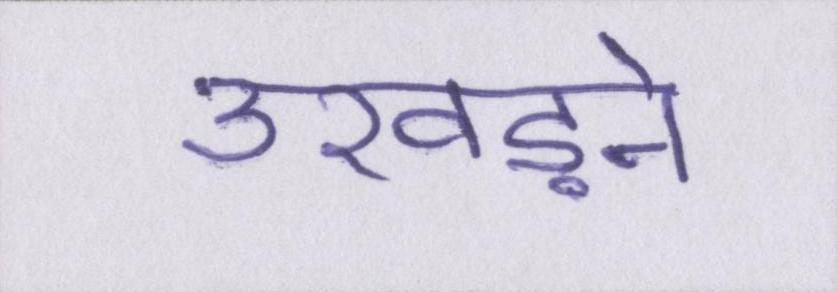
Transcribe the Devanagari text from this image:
उखड़ने